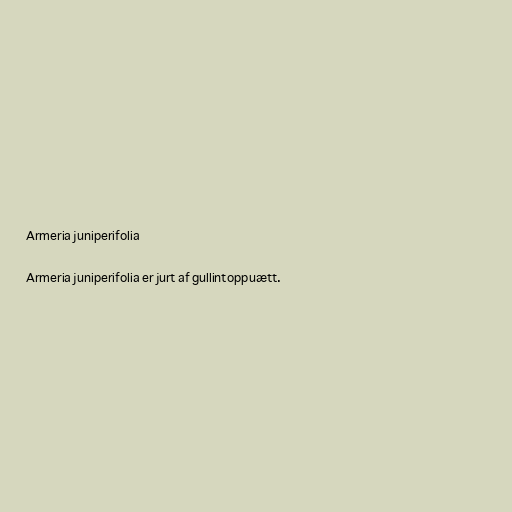
Armeria juniperifolia

Armeria juniperifolia er jurt af gullintoppuætt.